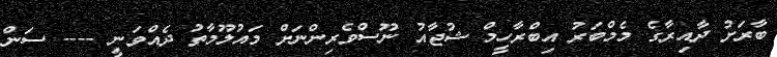
ބާރަށު ދާއިރާގެ މެމްބަރު އިބްރާހީމް ޝުޖާއު ނޫސްވެރިންނަށް މައުލޫމާތު ދެއްވަނީ ---- ސަން